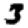
Digit: 3